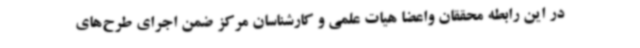
در این رابطه محققان واعضا هیات علمی و کارشناسان مرکز ضمن اجرای طرح‌های